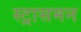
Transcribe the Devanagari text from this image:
स्ट्रासमन